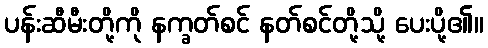
ပန်းဆီမီးတို့ကို နက္ခတ်စင် နတ်စင်တို့သို့ ပေးပို့၏။